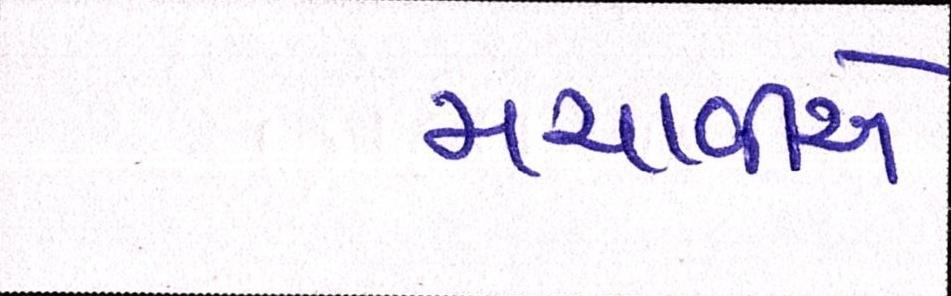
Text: મચાવીબે